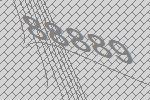
88889